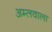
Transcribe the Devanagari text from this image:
अम्लवाला